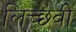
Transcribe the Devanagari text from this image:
लिच्छ्वी